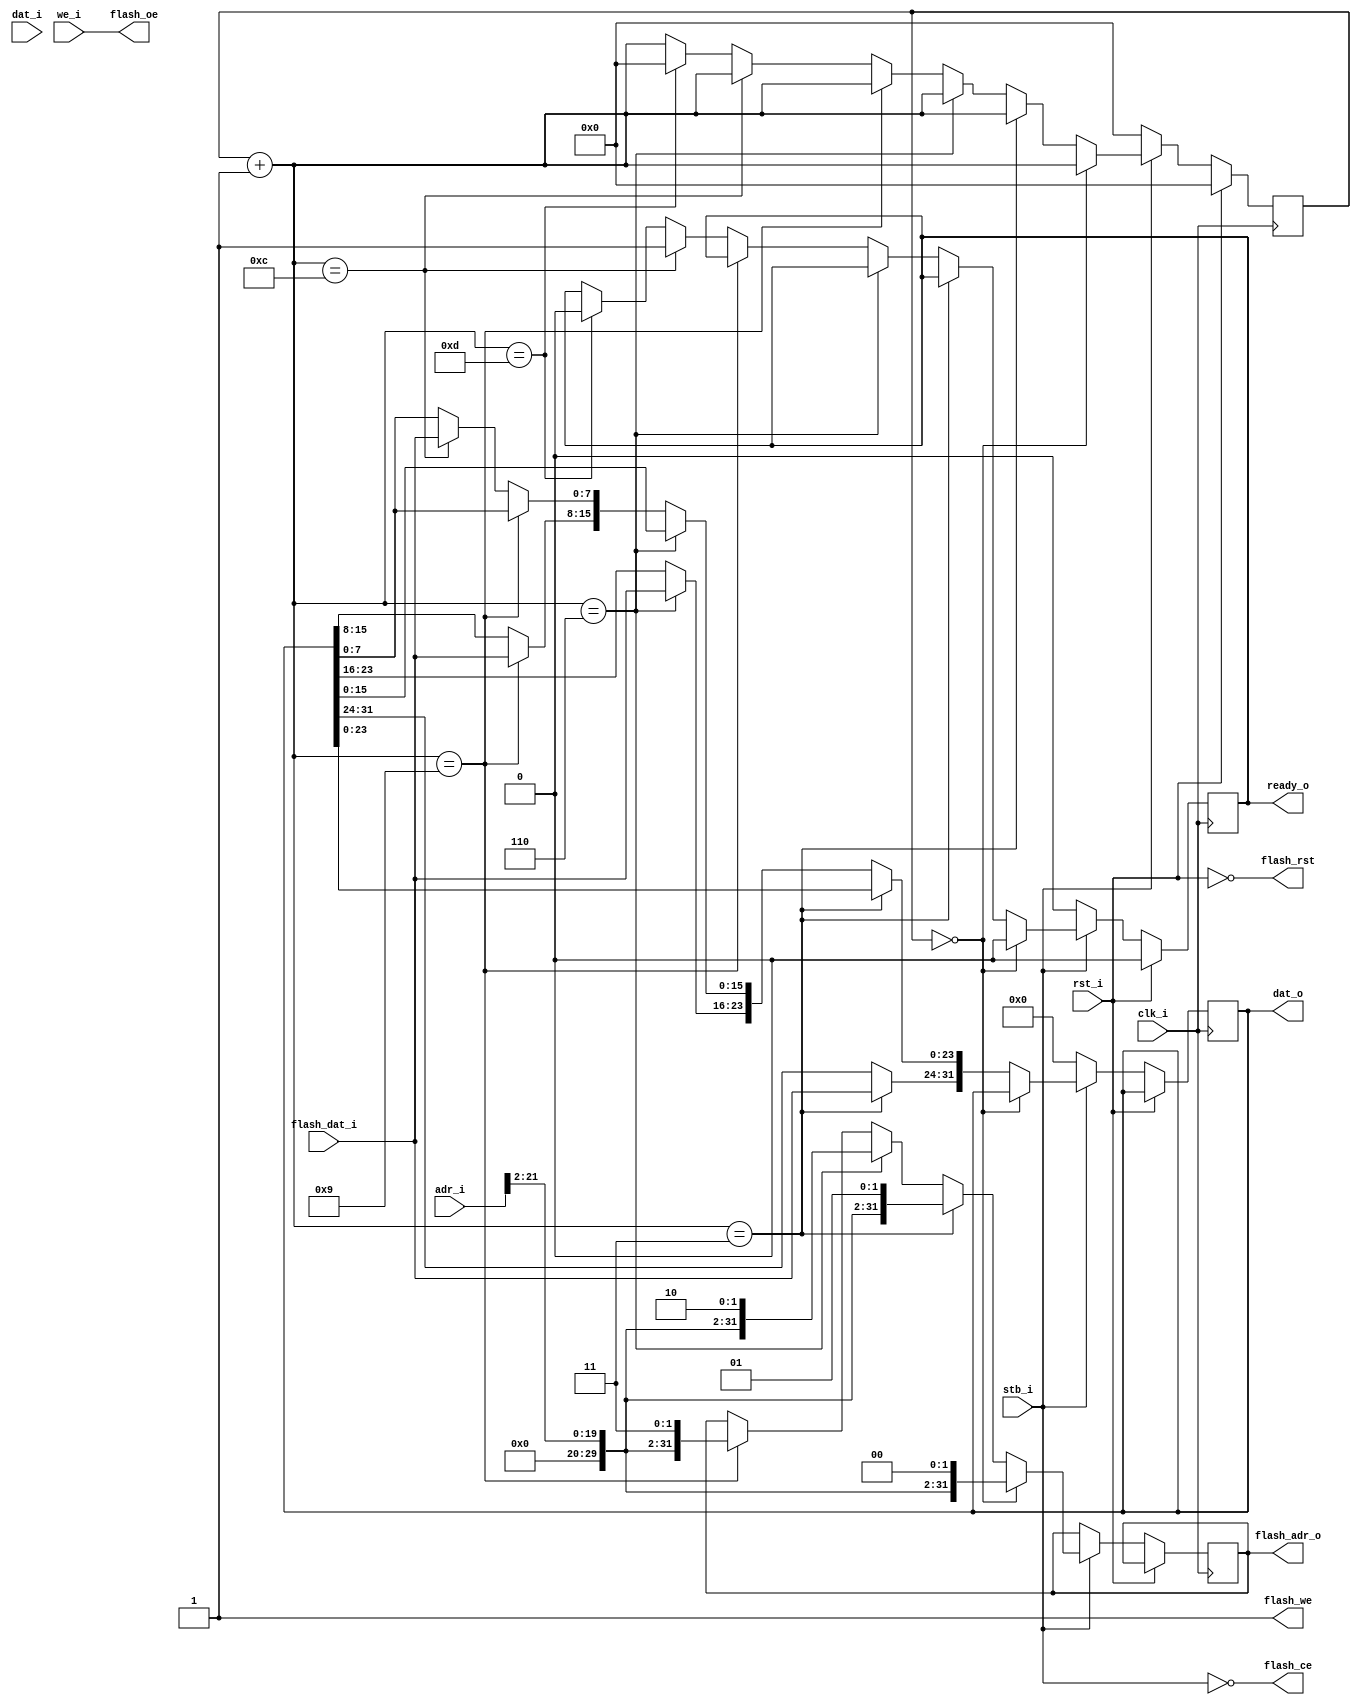
module flash_top(   
    input   						clk_i,
    input   						rst_i,
    input   [31:0] 			adr_i,
    output reg [31:0] 	dat_o,
    input   [31:0] 			dat_i,     
    input	wire					stb_i,
		input	wire					we_i,			
		output	reg					ready_o,    
    
    output reg [31:0] 	flash_adr_o,
    input   [7:0] 			flash_dat_i,
    output  						flash_rst,
    output  						flash_oe,
    output  						flash_ce,
    output  						flash_we 
);   
   
    
    
    reg [3:0] 					waitstate;   
    
    wire acc = stb_i;    		//  access
    wire wr  = we_i;       	// write access
    wire rd  = !we_i;      	// read access   
    
    always @(posedge clk_i) begin
        if( rst_i == 1'b1 ) begin
            waitstate 	= 4'h0;
            ready_o 		= 1'b0;
        end else if(acc == 1'b0) begin
            waitstate 	= 4'h0;
            ready_o 		= 1'b0;
            dat_o 			= 32'h00000000;
        end else if(waitstate == 4'h0) begin
            ready_o = 1'b0;
            if(acc) begin
              waitstate = waitstate + 4'h1;
            end
						flash_adr_o = {10'b0000000000,adr_i[21:2],2'b00};						
               
        end else begin
            waitstate = waitstate + 4'h1;
				    if(waitstate == 4'h3) begin
					     dat_o[31:24] = flash_dat_i;
					     flash_adr_o 	= {10'b0000000000,adr_i[21:2],2'b01};
						end else if(waitstate == 4'h6) begin
						   dat_o[23:16] = flash_dat_i;
						   flash_adr_o 	= {10'b0000000000,adr_i[21:2],2'b10};
						end else if(waitstate == 4'h9) begin
						   dat_o[15:8] 	= flash_dat_i;
						   flash_adr_o	= {10'b0000000000,adr_i[21:2],2'b11};
						end else if(waitstate == 4'hc) begin
						   dat_o[7:0] 	= flash_dat_i;
               ready_o 			= 1'b1;
               
						end else if(waitstate == 4'hd) begin
               ready_o 			= 1'b0;
               waitstate 		= 4'h0;
            end
         end
      end

    assign flash_ce = !acc;
    assign flash_we = 1'b1;
    assign flash_oe = !rd;


    assign flash_rst = !rst_i;

endmodule